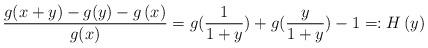
LaTeX: \begin{align*}\frac{g(x+y)-g(y)-g\left(x\right)}{g(x)}=g(\frac{1}{1+y})+g(\frac{y}{1+y})-1=:H\left(y\right)\end{align*}